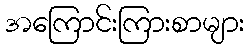
အကြောင်းကြားစာများ